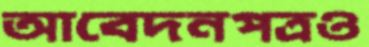
আবেদনপত্রও